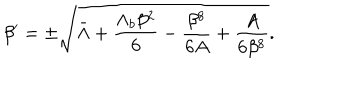
LaTeX: \beta ^ { \prime } = \pm \sqrt { \bar { \Lambda } + \frac { \Lambda _ { b } \beta ^ { 2 } } { 6 } - \frac { \beta ^ { 8 } } { 6 A } + \frac { A } { 6 \beta ^ { 8 } } } .